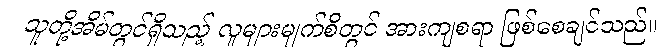
သူတို့အိမ်တွင်ရှိသည့် လူများမျက်စိတွင် အားကျစရာ ဖြစ်စေချင်သည်။